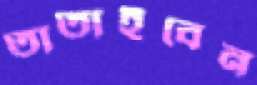
তাতাইবেন